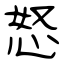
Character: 怒